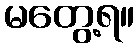
မတွေ့ရ။